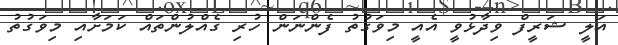
އަލީ ޝަރީފް ވިދާޅުވީ އެއީ މިވަގުތު ފެންނަން ހުރި ގެއްލުންތައް ކަމަށާއި މިވަގުތު